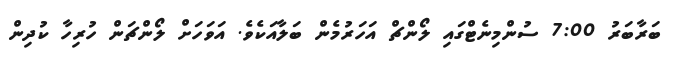
ބަރާބަރު 7:00 ސުންމިނެޓްގައި ލޯންޗް އަހަރުމެން ބަލާއަކެވެ. އަވަހަށް ލޯންޗަން ހުރިހާ ކުދިން